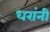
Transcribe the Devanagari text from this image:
धरांनी